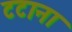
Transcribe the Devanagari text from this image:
टटाना